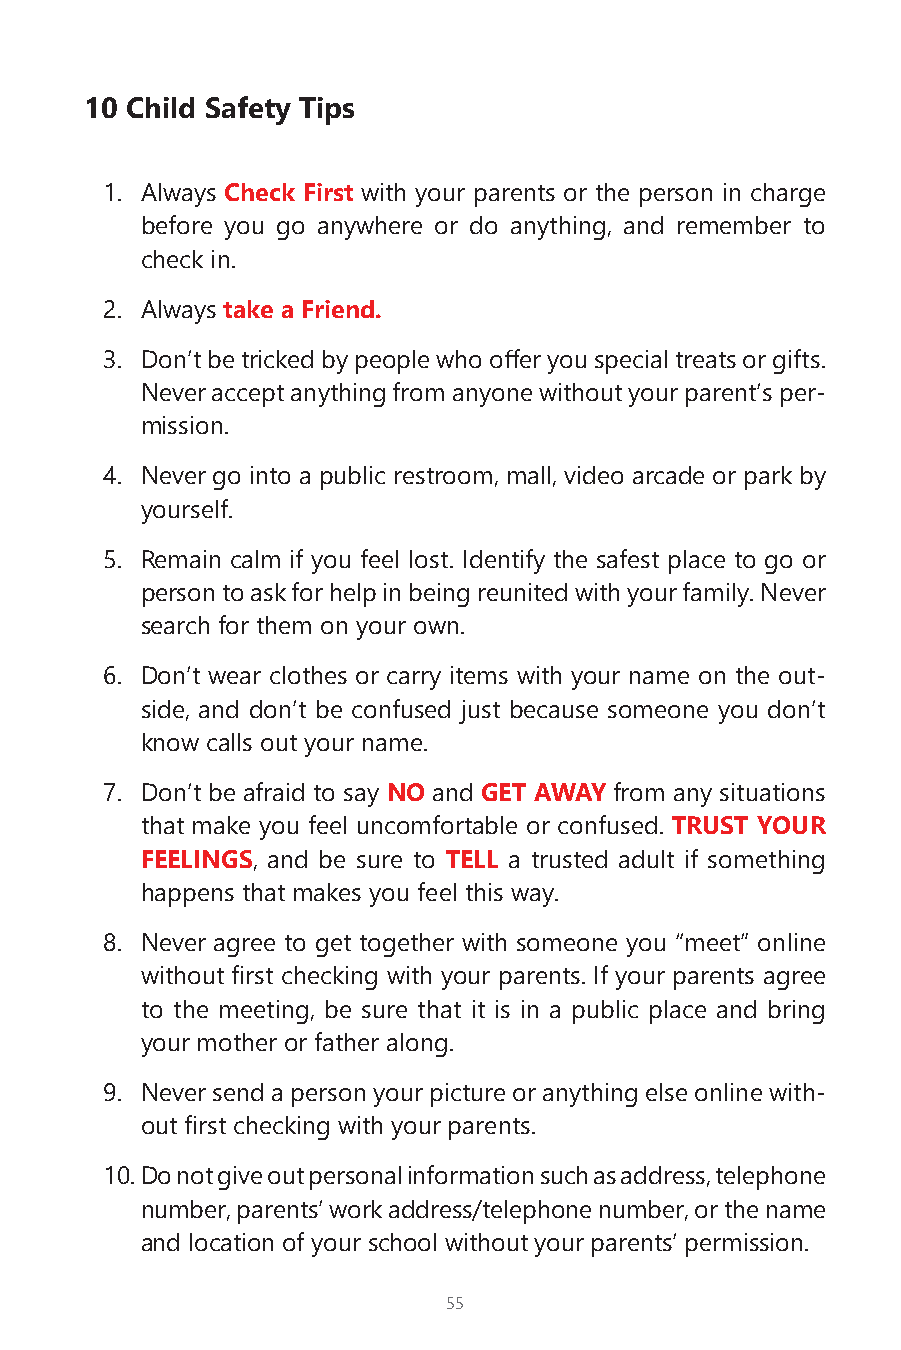
10 Child Safety Tips
 1. Always Check First with your parents or the person in charge
 before you go anywhere or do anything, and remember to
 check in.
 2. Always take a Friend.
 3. Don’t be tricked by people who offer you special treats or gifts.
 Never accept anything from anyone without your parent’s per-
 mission.
 4. Never go into a public restroom, mall, video arcade or park by
 yourself.
 5. Remain calm if you feel lost. Identify the safest place to go or
 person to ask for help in being reunited with your family. Never
 search for them on your own.
 6. Don’t wear clothes or carry items with your name on the out-
 side, and don’t be confused just because someone you don’t
 know calls out your name.
 7. Don’t be afraid to say NO and GET AWAY from any situations
 that make you feel uncomfortable or confused. TRUST YOUR
 FEELINGS, and be sure to TELL a trusted adult if something
 happens that makes you feel this way.
 8. Never agree to get together with someone you “meet” online
 without first checking with your parents. If your parents agree
 to the meeting, be sure that it is in a public place and bring
 your mother or father along.
 9. Never send a person your picture or anything else online with-
 out first checking with your parents.
 10. Do not give out personal information such as address, telephone
 number, parents’ work address/telephone number, or the name
 and location of your school without your parents’ permission.
 55